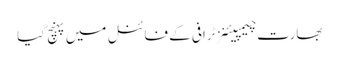
بھارت چیمپیئنز ٹرافی کے فائنل میں پہنچ گیا